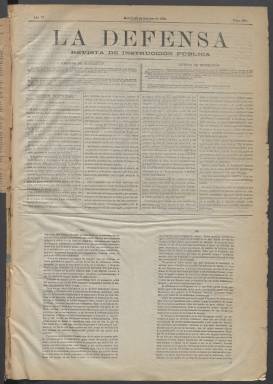
Título: La Defensa (Madrid. 1879)
Colección: Educación
Ámbito geográfico: Madrid
Lugar de publicación: Madrid
Fechas: 22/10/1884-07/06/1887